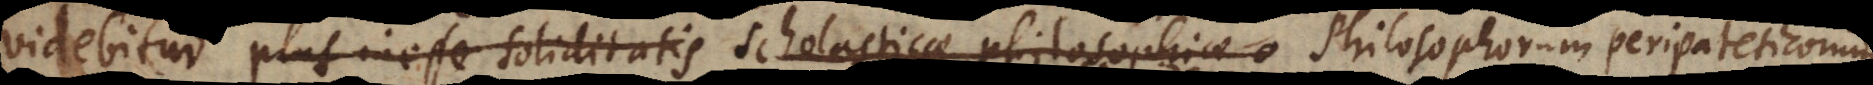
videbitur plus inesse soliditatis scholasticae philosophiae, Scholasticorum,